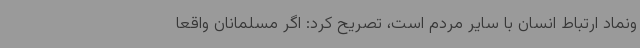
ونماد ارتباط انسان با سایر مردم است، تصریح کرد: اگر مسلمانان واقعا